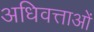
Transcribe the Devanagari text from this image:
अधिवत्ताओं